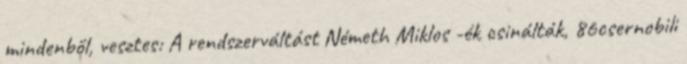
mindenből, vesztes: A rendszerváltást Németh Miklos -ék csinálták, 86csernobili